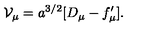
{ \cal V } _ { \mu } = a ^ { 3 / 2 } [ D _ { \mu } - f _ { \mu } ^ { \prime } ] .